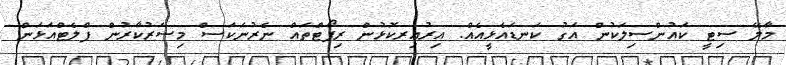
މާލޭ ސިޓީ ކައުންސިލަކުން އަގު ކަނޑައެޅީއެއް. އިރުއިރކޮޅުން ރިޕޯޓްތައް ނެރުނަކަސް މިސަރުކާރުން ފްލެޓްއަޅަން